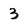
Character: 3